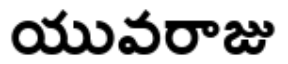
యువరాజు